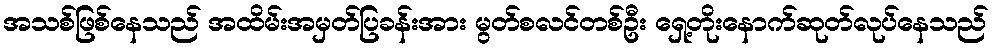
အသစ်ဖြစ်နေသည် အထိမ်းအမှတ်ပြခန်းအား မွတ်စလင်တစ်ဦး ရှေ့တိုးနောက်ဆုတ်လုပ်နေသည်